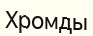
Хромды